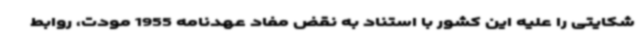
شکایتی را علیه این کشور با استناد به نقض مفاد عهدنامه 1955 مودت، روابط